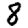
Digit: 8